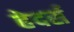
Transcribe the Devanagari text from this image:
हेदर्स